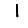
Digit: 1